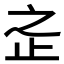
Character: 𱤿